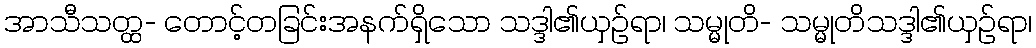
အာသီသတ္ထ- တောင့်တခြင်းအနက်ရှိသော သဒ္ဒါ၏ယှဉ်ရာ၊ သမ္မုတိ- သမ္မုတိသဒ္ဒါ၏ယှဉ်ရာ၊